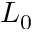
L _ { 0 }